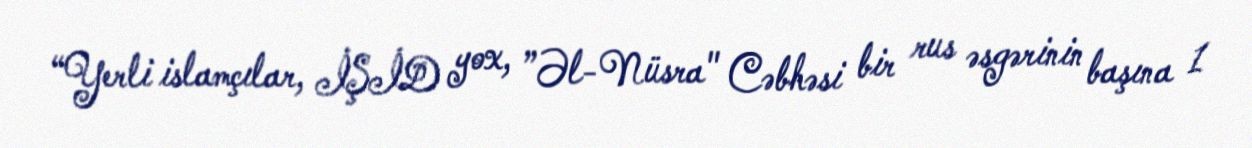
“Yerli islamçılar, İŞİD yox, ”Əl-Nüsra" Cəbhəsi bir rus əsgərinin başına 1